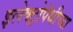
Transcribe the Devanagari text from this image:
इलेक्ट्रोपॅथीच्या